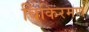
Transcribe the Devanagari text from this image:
विकिरमण